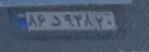
۸۶د۹۲۸۲۰